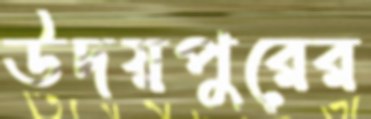
উদয়পুরের